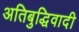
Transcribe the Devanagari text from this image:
अतिबुद्धिवादी